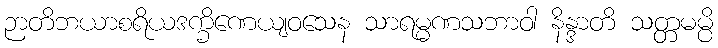
ဉာတိဘယာစရိယဒက္ခိဏေယျဝသေန သာရမ္မဏသဘာဝါ နိန္ဒာတိ သတ္တမမ္ပိ